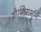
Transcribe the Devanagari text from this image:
गौरशिरामुनि